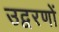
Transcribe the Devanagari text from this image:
उद्वरणों